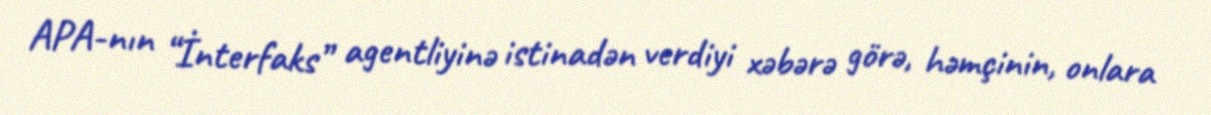
APA-nın “İnterfaks” agentliyinə istinadən verdiyi xəbərə görə, həmçinin, onlara